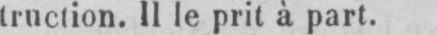
truction. Il le prit à part.